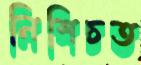
নিশিচত